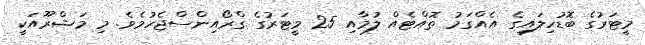
މީޓަރުގެ ބޮޑުހިލައިގެ އެއްގަމު ތޮއްޓެއް ލުމާއި 25 މީޓަރުގެ ގްރޯއިންސްޖެހުމެވެ. މި މަޝްރޫއަކީ